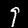
Label: 9